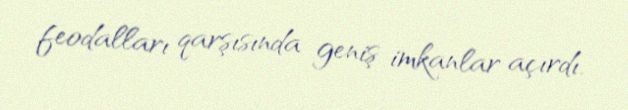
feodalları qarşısında geniş imkanlar açırdı.